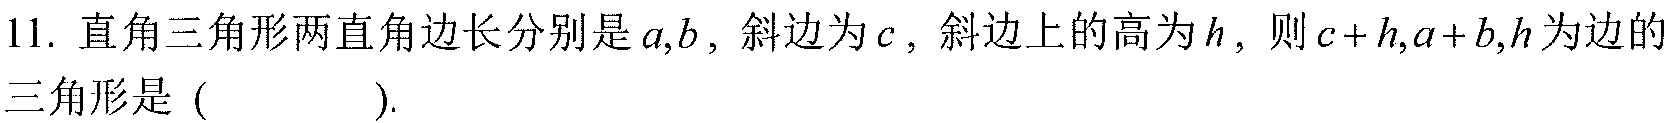
11. 直角三角形两直角边长分别是\(a,b\)，斜边为\(c\)，斜边上的高为\(h\)，则\(c + h,a + b,h\)为边的三角形是 (  ).